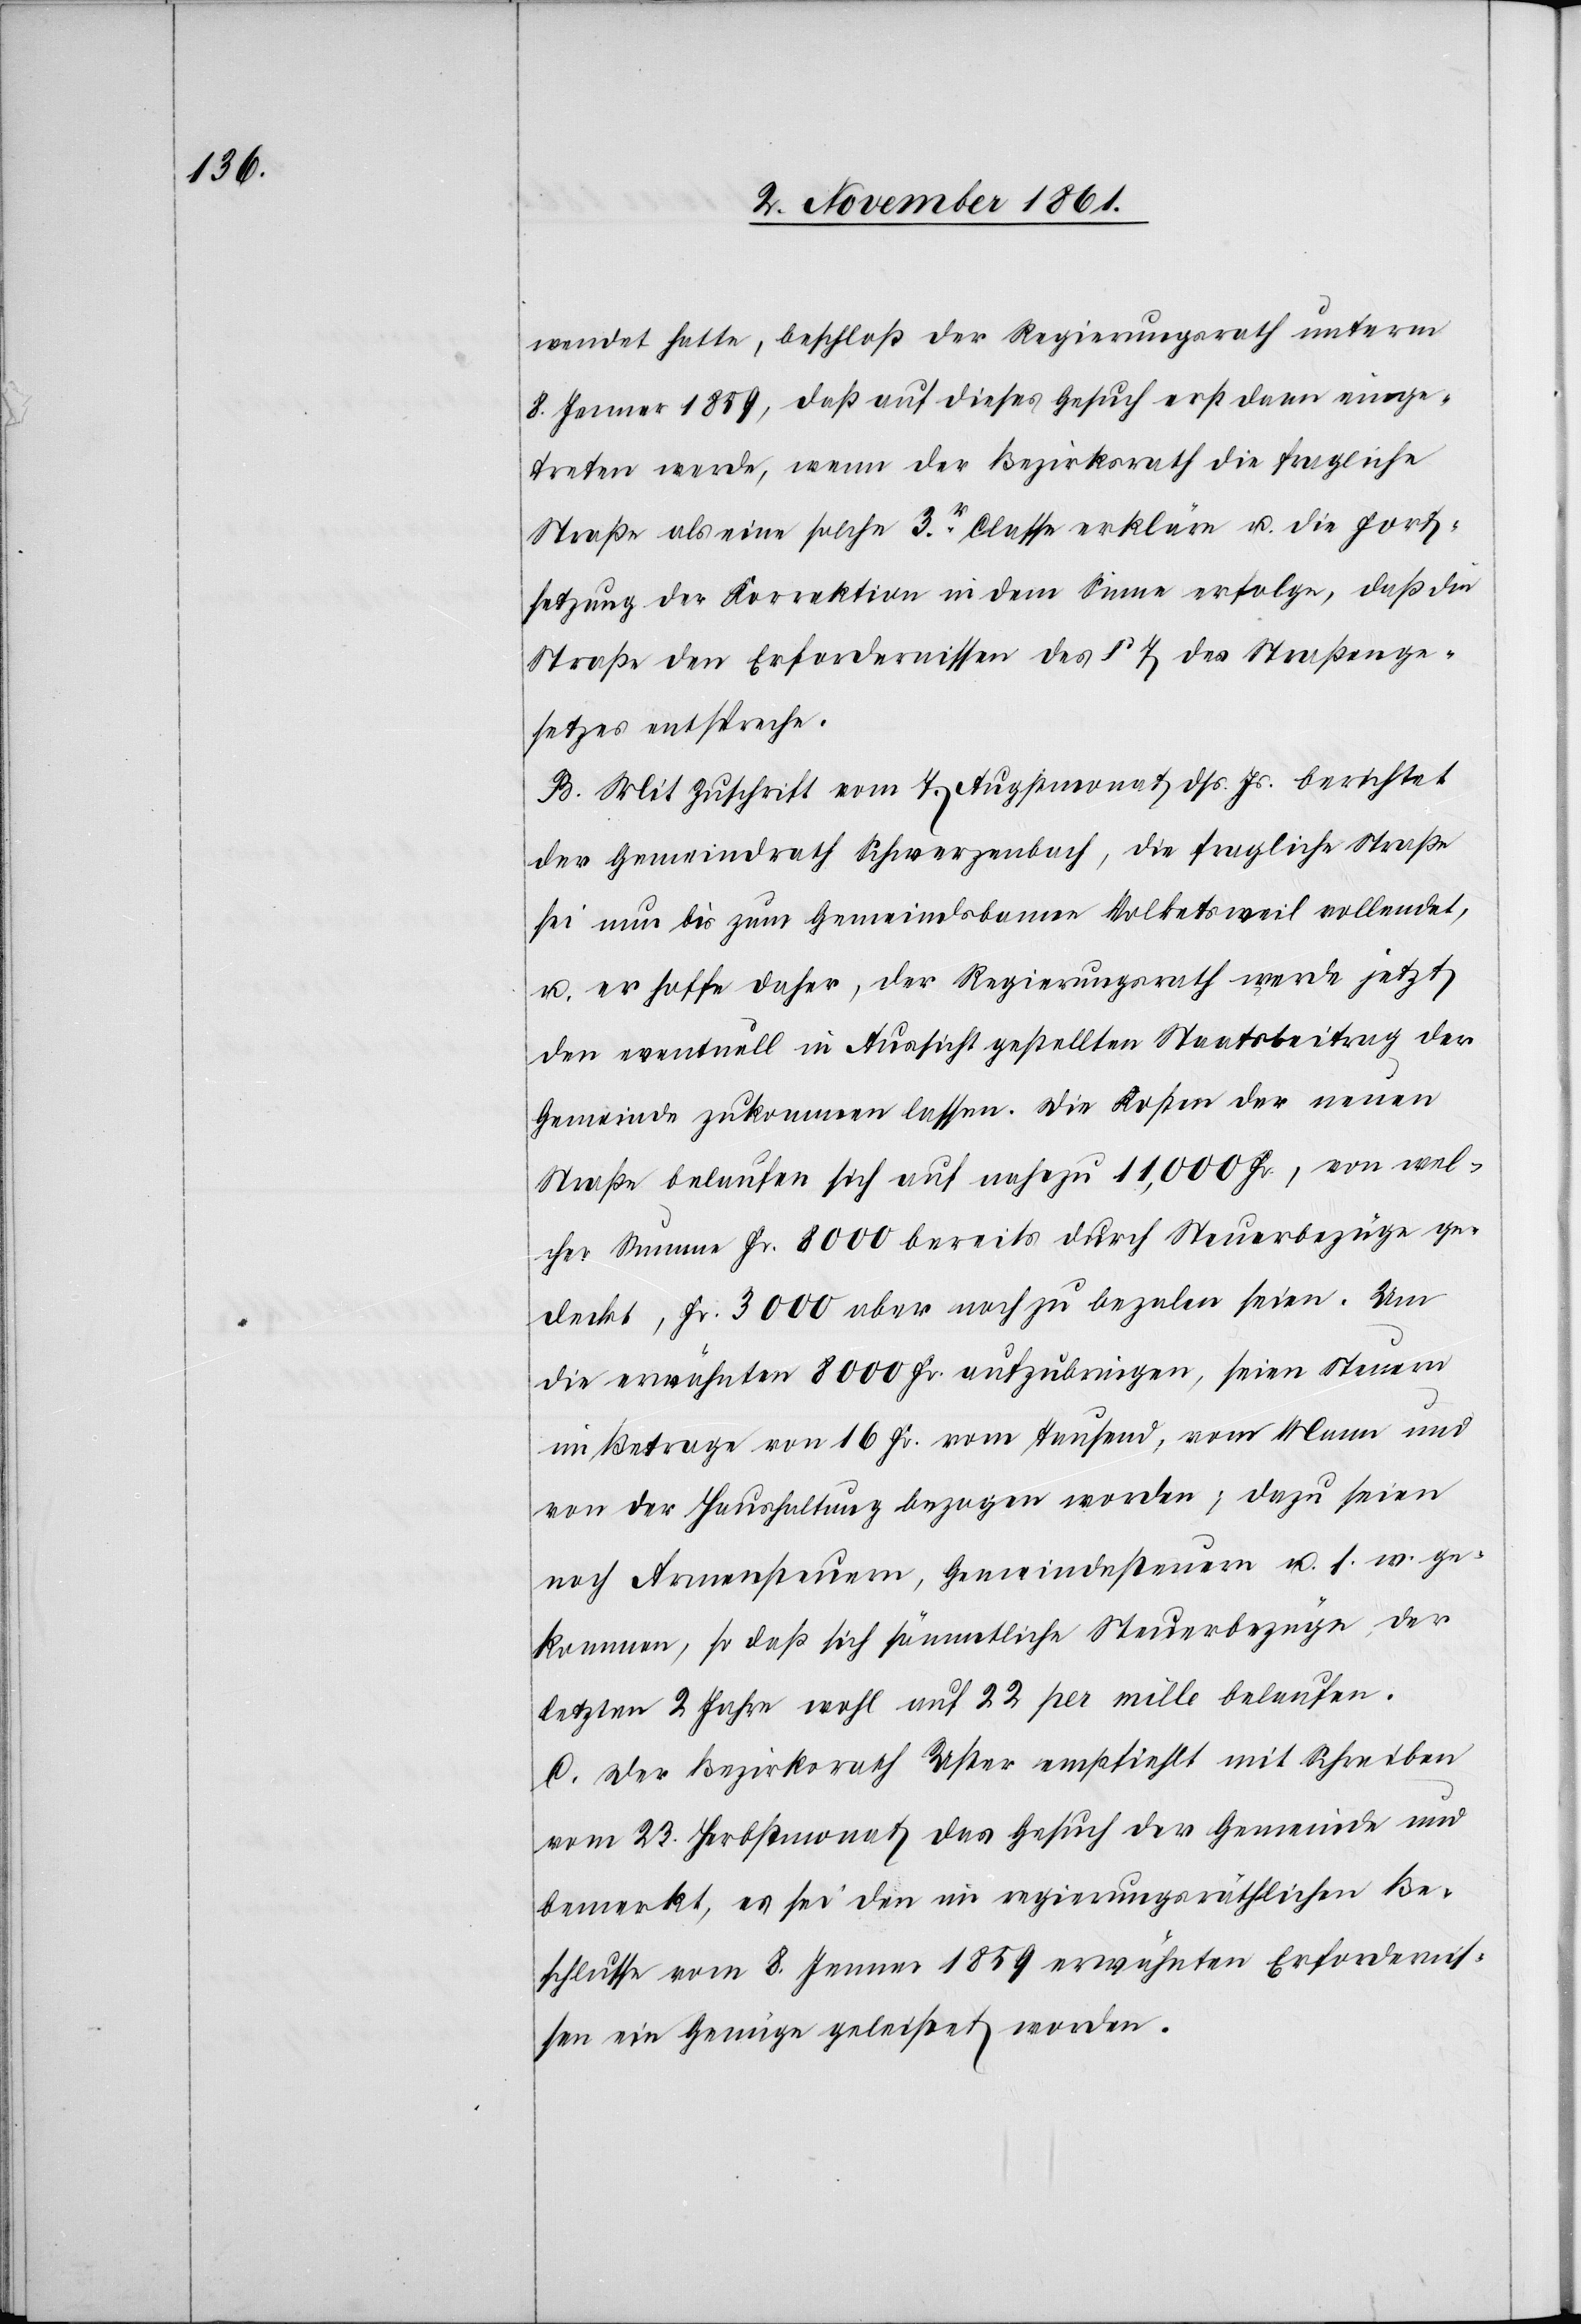
wendet hatte, beschloß der Regierungsrath unterm
8 Jenner 1859, daß auf dieses Gesuch erst dann einge¬
treten werde, wenn der Bezirksrath die fragliche
Straße als eine solche 3r Classe erkläre u. die Fort¬
setzung der Korrektion in dem Sinne erfolge, daß die
Straße den Erfordernissen des § 7 des Straßenge¬
setzes entspreche.
B. Mit Zuschrift vom 7 Augstmonat dß. Js. berichtet
der Gemeindrath Schwerzenbach, die fragliche Straße
sei nun bis zum Gemeindsbanne Volketsweil vollendet,
u. er hoffe daher, der Regierungsrath werde jetzt
den eventuell in Aussicht gestellten Staatsbeitrag der
Gemeinde zukommen lassen. Die Kosten der neuen
Straße belaufen sich auf nahezu 11,000 Fr., von wel¬
cher Summe Fr. 8000 bereits durch Steuerbezüge ge¬
deckt, Fr. 3000 aber noch zu bezalen seien. Um
die erwähnten 8000 Fr. aufzubringen, seien Steuern
im Betrage von 16 Fr. vom tausend, vom Manne und
von der Haushaltung bezogen worden; dazu seien
noch Anwendungen, Gemeindesteuern u. s. w. ge¬
kommen, so daß sich sämmtliche Steuerbezüge der
letzten 2 Jahre wohl auf 22 pro mille belaufen.
C. Der Bezirksrath Uster empfiehlt mit Schreiben
vom 23 Herbstmonat das Gesuch der Gemeinde und
bemerkt, es sei den im regierungsräthlichen Be¬
schlusse vom 8 Jenner 1859 erwähnten Erfordernis¬
sen ein Genüge geleistet worden.